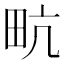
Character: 㽘